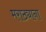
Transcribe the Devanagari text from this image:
मराठ्याना